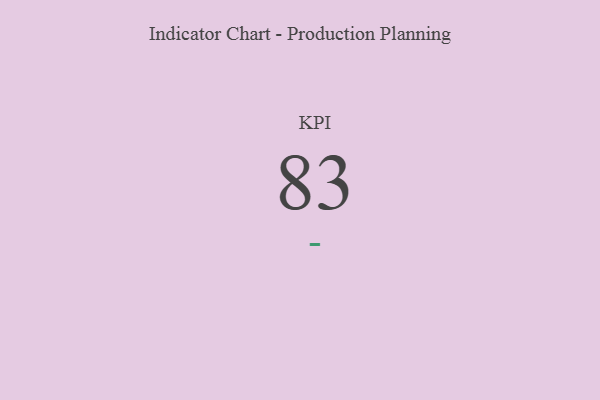
{"axis": {"x": "KPI", "y": "Value"}, "legend": [""], "data": [{"x": "KPI", "y": 83, "type": ""}]}